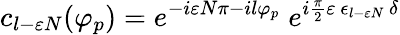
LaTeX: c_{l-\varepsilon N}(\varphi_{p})=e^{-i\varepsilon N\pi-il\varphi_{p}}\; e^{i{\frac{\pi}{2}}\varepsilon\, \epsilon_{l-\varepsilon N}\, \delta}